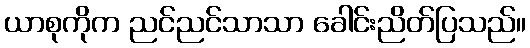
ယာစုကိုက ညင်ညင်သာသာ ခေါင်းညိတ်ပြသည်။